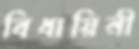
বিধায়িনী